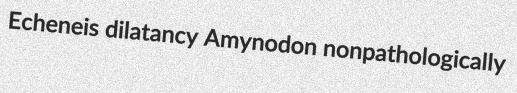
Echeneis dilatancy Amynodon nonpathologically